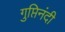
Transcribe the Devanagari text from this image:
गुप्तिनंदी